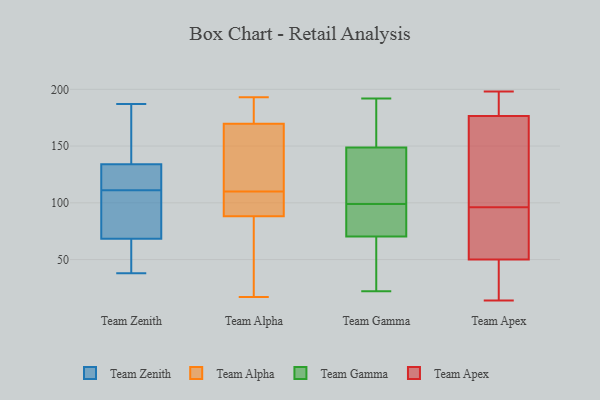
{"axis": {"x": "Tickets Resolved", "y": "Value"}, "legend": ["Team Alpha", "Team Apex", "Team Gamma", "Team Zenith"], "data": [{"x": "", "y": 128, "type": "Team Zenith"}, {"x": "", "y": 74, "type": "Team Zenith"}, {"x": "", "y": 38, "type": "Team Zenith"}, {"x": "", "y": 39, "type": "Team Zenith"}, {"x": "", "y": 181, "type": "Team Zenith"}, {"x": "", "y": 125, "type": "Team Zenith"}, {"x": "", "y": 74, "type": "Team Zenith"}, {"x": "", "y": 143, "type": "Team Zenith"}, {"x": "", "y": 131, "type": "Team Zenith"}, {"x": "", "y": 82, "type": "Team Zenith"}, {"x": "", "y": 69, "type": "Team Zenith"}, {"x": "", "y": 68, "type": "Team Zenith"}, {"x": "", "y": 135, "type": "Team Zenith"}, {"x": "", "y": 111, "type": "Team Zenith"}, {"x": "", "y": 116, "type": "Team Zenith"}, {"x": "", "y": 143, "type": "Team Zenith"}, {"x": "", "y": 48, "type": "Team Zenith"}, {"x": "", "y": 187, "type": "Team Zenith"}, {"x": "", "y": 47, "type": "Team Zenith"}, {"x": "", "y": 80, "type": "Team Alpha"}, {"x": "", "y": 175, "type": "Team Alpha"}, {"x": "", "y": 190, "type": "Team Alpha"}, {"x": "", "y": 17, "type": "Team Alpha"}, {"x": "", "y": 193, "type": "Team Alpha"}, {"x": "", "y": 168, "type": "Team Alpha"}, {"x": "", "y": 110, "type": "Team Alpha"}, {"x": "", "y": 128, "type": "Team Alpha"}, {"x": "", "y": 98, "type": "Team Alpha"}, {"x": "", "y": 71, "type": "Team Alpha"}, {"x": "", "y": 93, "type": "Team Alpha"}, {"x": "", "y": 132, "type": "Team Alpha"}, {"x": "", "y": 91, "type": "Team Alpha"}, {"x": "", "y": 150, "type": "Team Gamma"}, {"x": "", "y": 136, "type": "Team Gamma"}, {"x": "", "y": 145, "type": "Team Gamma"}, {"x": "", "y": 95, "type": "Team Gamma"}, {"x": "", "y": 62, "type": "Team Gamma"}, {"x": "", "y": 165, "type": "Team Gamma"}, {"x": "", "y": 182, "type": "Team Gamma"}, {"x": "", "y": 52, "type": "Team Gamma"}, {"x": "", "y": 145, "type": "Team Gamma"}, {"x": "", "y": 71, "type": "Team Gamma"}, {"x": "", "y": 22, "type": "Team Gamma"}, {"x": "", "y": 93, "type": "Team Gamma"}, {"x": "", "y": 154, "type": "Team Gamma"}, {"x": "", "y": 192, "type": "Team Gamma"}, {"x": "", "y": 99, "type": "Team Gamma"}, {"x": "", "y": 94, "type": "Team Gamma"}, {"x": "", "y": 70, "type": "Team Gamma"}, {"x": "", "y": 121, "type": "Team Gamma"}, {"x": "", "y": 43, "type": "Team Gamma"}, {"x": "", "y": 70, "type": "Team Apex"}, {"x": "", "y": 18, "type": "Team Apex"}, {"x": "", "y": 198, "type": "Team Apex"}, {"x": "", "y": 170, "type": "Team Apex"}, {"x": "", "y": 56, "type": "Team Apex"}, {"x": "", "y": 184, "type": "Team Apex"}, {"x": "", "y": 35, "type": "Team Apex"}, {"x": "", "y": 59, "type": "Team Apex"}, {"x": "", "y": 122, "type": "Team Apex"}, {"x": "", "y": 14, "type": "Team Apex"}, {"x": "", "y": 44, "type": "Team Apex"}, {"x": "", "y": 127, "type": "Team Apex"}, {"x": "", "y": 198, "type": "Team Apex"}, {"x": "", "y": 183, "type": "Team Apex"}, {"x": "", "y": 133, "type": "Team Apex"}, {"x": "", "y": 62, "type": "Team Apex"}]}